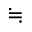
\fallingdotseq